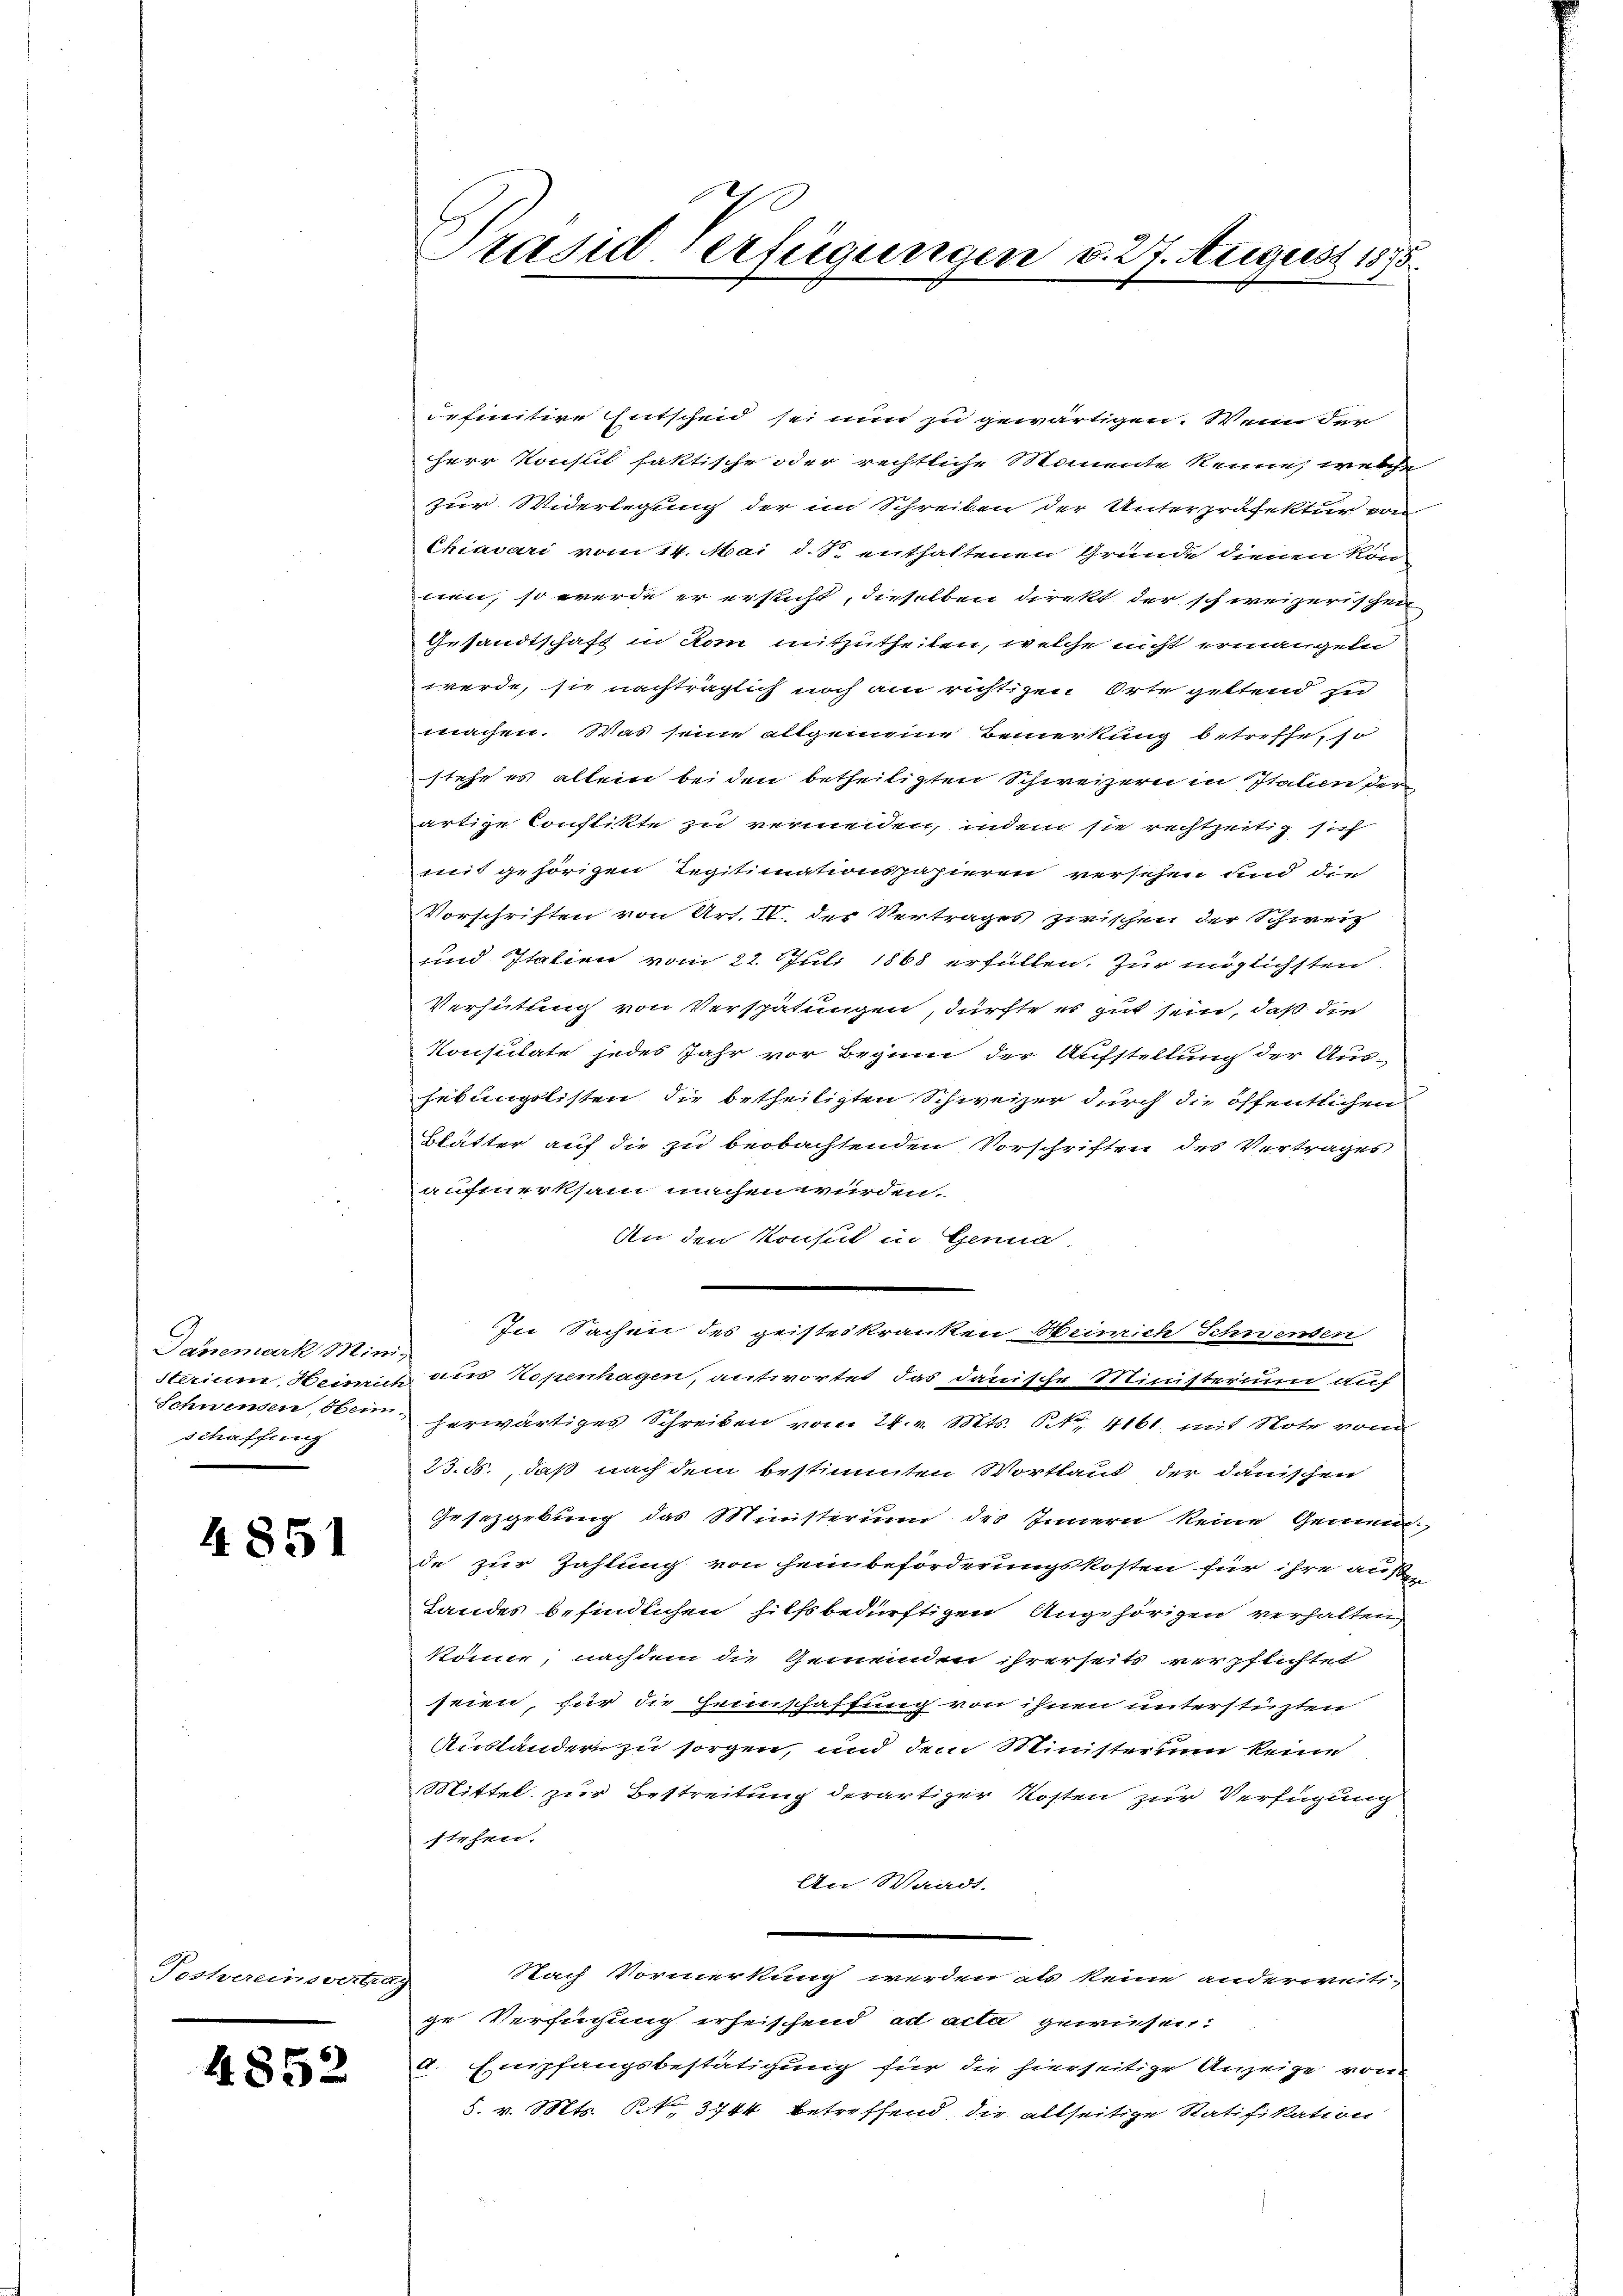
Danemark Mini-
schaffung

4851

Testereinsvertrag

4852

definitive Entscheid sei nun zu gewärtigen. Wenn der
Herr Konsul faktische oder rechtliche Momente Renne, welche
zur Widerlegung der im Schreiben der Unterpräfektur von
Chiavari vom 14. Mai d. S. enthaltenen Grunde dienen Kön
nen, so werde er ersucht, dieselben direkt der schweizerischen
Gesandtschaft in Rom mitzutheilen, welche nicht ermangeln
werde, sie nachträglich noch am richtigen Orte geltend sic
machen. Was sein allgemeine Bemerkung betreffe, so
stehe es allein bei den betheiligten Schweizern in Italien den
artige Constikte zu vermeiden, indem sie rechtzeitig sich
mit gehörigen Legitimationspapieren versehen und die
Vorschriften von Art. IV. der Vertrages zwischen der Schweiz
und Italien vom 22. Juli 1868 erfüllen. Zur möglichsten
Verhütung von Verspätungen, dürfte es gut sein, daß die
Konsulate jedes Jahr vor Beginn der Aufstellung der Aus-
sebungslisten die betheiligten Schweizer durch die öffentlichen
Blätter auf die zu beobachtenden Vorschriften des Vertrages
aufmerksam machen werden.
An den Konsul in Genua
In Sachen des geisteskranken Heinrich Schwenden
sterium, Heinrich aus Kopenhagen, antwortet das dauische Ministerium auf
Schwenden, oben herwärtiges Schreiben vom 24. v. Mts. S. 4161, mit Note vom
25. ds., daß nach dem bestimmten Wortlaut der danischen
Gesetzgebung das Ministerium des Innern keine Gemeindde zur Zahlung von Heinbeförderungskosten für ihre außer
Landes befindlichen hilfsbedürftigen Angehörigen verhalten
könne, nachdem die Gemeinden ihrerseits verpflichtet
seien, für die Heimschaffung von ihnen unterstüzten
Austandern zu sorgen, und dem Ministerium keine
Mittel zur Bestreitung derartiger Kosten zur Verfügung
stehen.
An Waadt.
Nach Vormerkung werden als keine anderweiti-
ge Verfügung erheischend ad acta gewiesen.
a. Empfangsbestätigung für die hierseitige Anzeige von
5. v. Mts. No. 3744 betreffend die allseitige Ratifikation

Prasie Verfügungen d. 27. August 1855